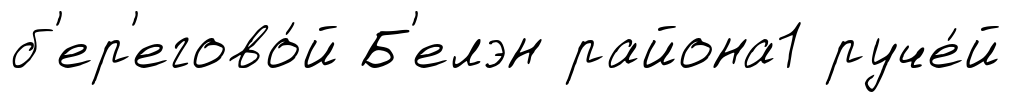
б'ер'егово́й Б'елэн района1 руче́й